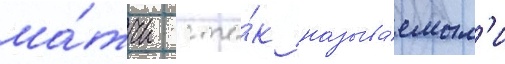
ма́тчи с та́к называ́емым'и